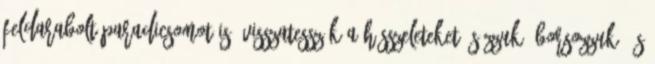
feldarabolt paradicsomot is. Visszatesszük a hússzeleteket, sózzuk, borsozzuk, és